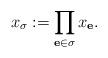
LaTeX: \begin{align*}x_\sigma:=\prod_{\mathbf{e} \in \sigma} x_\mathbf{e}.\end{align*}